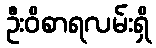
ဦးဝိစာရလမ်းရှိ